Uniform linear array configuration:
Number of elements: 4
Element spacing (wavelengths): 0.5
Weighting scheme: binomial
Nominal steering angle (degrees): -45
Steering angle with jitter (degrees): -44.339
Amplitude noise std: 0.05
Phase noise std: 0.05

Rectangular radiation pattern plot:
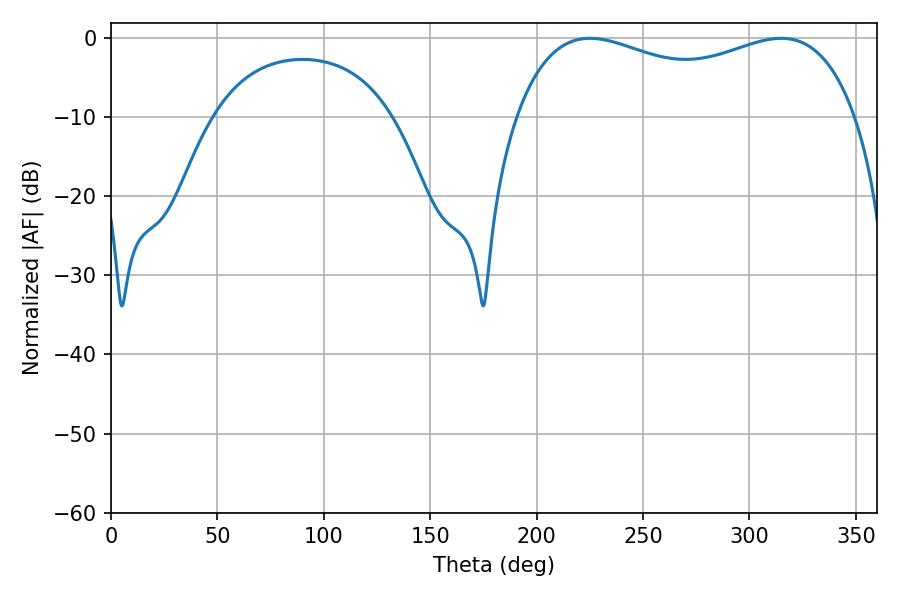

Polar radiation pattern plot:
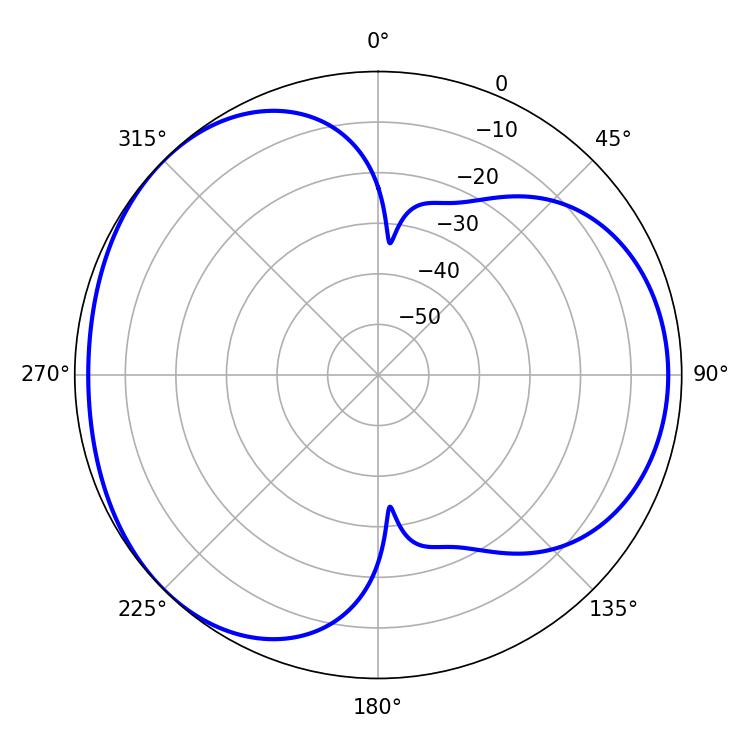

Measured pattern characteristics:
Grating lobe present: FALSE
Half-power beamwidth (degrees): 132.12
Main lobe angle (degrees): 225